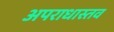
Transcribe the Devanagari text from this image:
अपराधास्तव